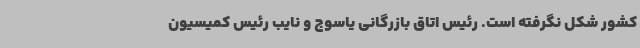
کشور شکل نگرفته است. رئیس اتاق بازرگانی یاسوج و نایب رئیس کمیسیون